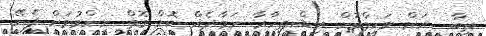
ތިބާ  އަށް ވަކީލްކޮށް އިޝްތިހާރާ ނަމާދެއް ކޮށް ގޮތް ނިންމުމަށް ފެނޭ.